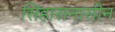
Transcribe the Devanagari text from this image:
सिहासनासीन